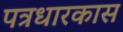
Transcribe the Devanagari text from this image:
पत्रधारकास